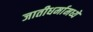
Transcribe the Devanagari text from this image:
जातीधर्मामध्ये